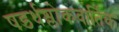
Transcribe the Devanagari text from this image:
षडर्धश्लोकवार्तिक